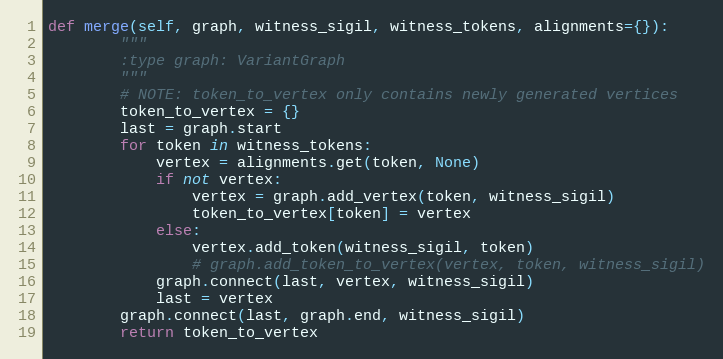
Language: Python
def merge(self, graph, witness_sigil, witness_tokens, alignments={}):
        """
        :type graph: VariantGraph
        """
        # NOTE: token_to_vertex only contains newly generated vertices
        token_to_vertex = {}
        last = graph.start
        for token in witness_tokens:
            vertex = alignments.get(token, None)
            if not vertex:
                vertex = graph.add_vertex(token, witness_sigil)
                token_to_vertex[token] = vertex
            else:
                vertex.add_token(witness_sigil, token)
                # graph.add_token_to_vertex(vertex, token, witness_sigil)
            graph.connect(last, vertex, witness_sigil)
            last = vertex
        graph.connect(last, graph.end, witness_sigil)
        return token_to_vertex